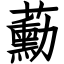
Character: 蘍